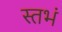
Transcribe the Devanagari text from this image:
स्तभं